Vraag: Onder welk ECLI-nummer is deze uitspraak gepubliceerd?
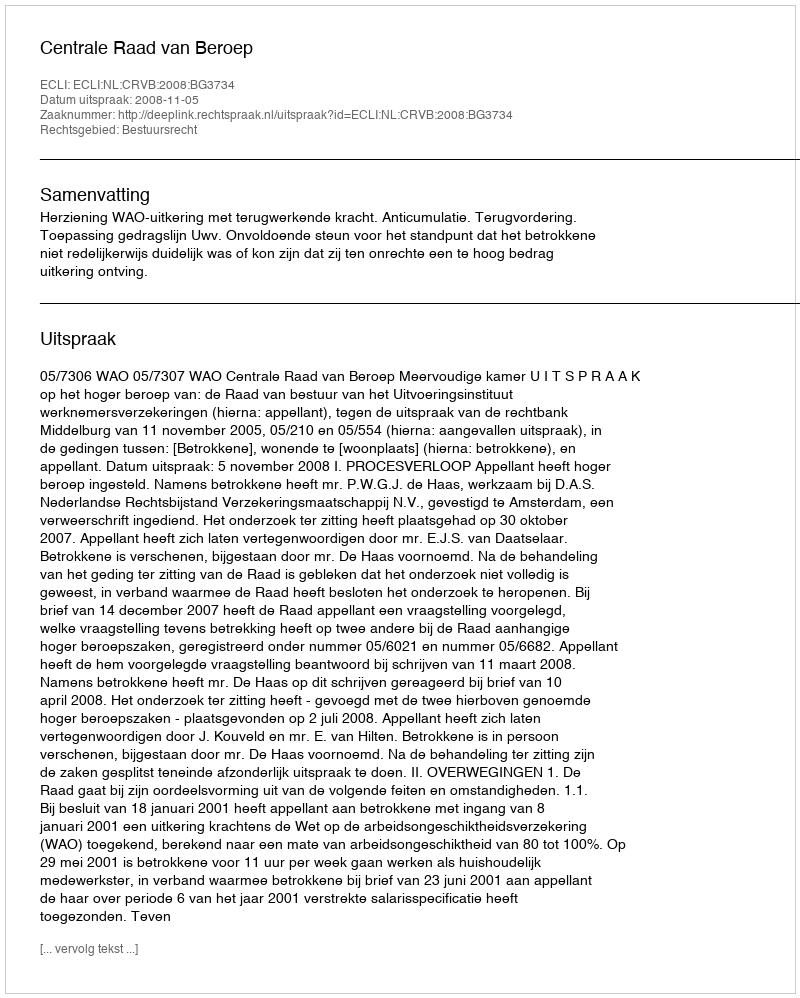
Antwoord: ECLI:NL:CRVB:2008:BG3734